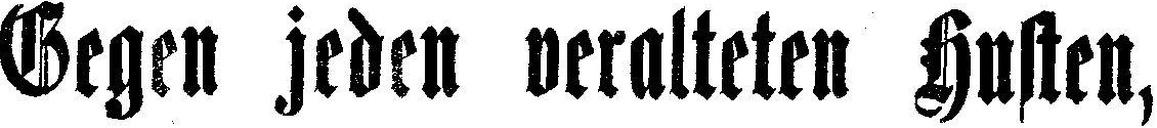
Gegen jeden veralteten Husten,